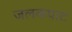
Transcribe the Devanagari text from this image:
जलकपाट